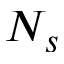
N _ { s }